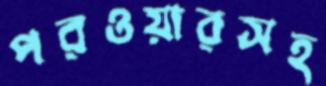
পরওয়ারসহ